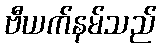
ဗီယက်နမ်သည်